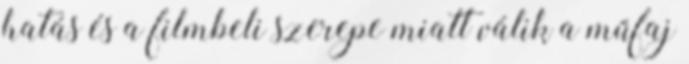
hatás és a filmbeli szerepe miatt válik a műfaj